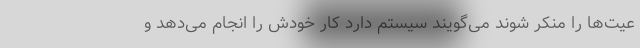
عیت‌ها را منکر شوند می‌گویند سیستم دارد کار خودش را انجام می‌دهد و